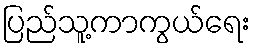
ပြည်သူ့ကာကွယ်ရေး